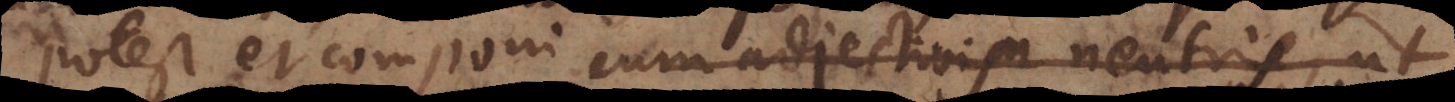
Potest et componi cum adjectivis neutris, ut